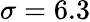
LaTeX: \sigma=6.3